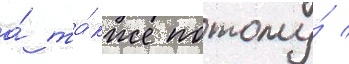
а́ та́кже потому́ /